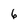
Character: 6